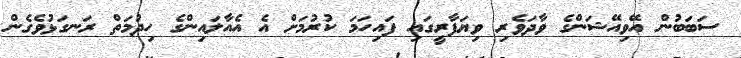
ސަބަބުން އޭވިއޭޝަންގެ ވާދަވެރި ވިޔަފާރީގައި ފައިހަމަ ކުރުމަށް އެ އެއާލައިންގެ ހިދުމަތް ރަނގަޅުވެގެން